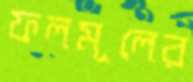
ফলমূলের